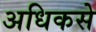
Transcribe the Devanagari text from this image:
अधिकसे